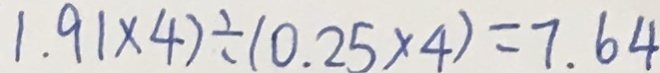
1 . 9 1 \times 4 ) \div ( 0 . 2 5 \times 4 ) = 7 . 6 4